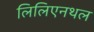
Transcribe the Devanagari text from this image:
लिलिएनथल